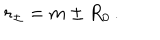
r _ { \pm } = m \pm R _ { 0 } \, .